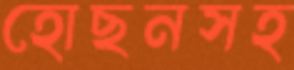
হোছনসহ